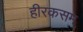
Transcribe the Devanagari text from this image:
हीरकसम